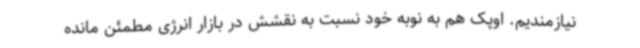
نیازمندیم. اوپک هم به نوبه خود نسبت به نقشش در بازار انرژی مطمئن مانده